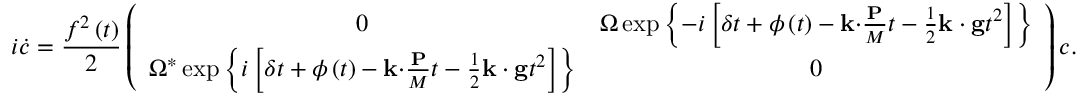
i \dot { c } = \frac { f ^ { 2 } \left( t \right) } { 2 } \left( \begin{array} { c c } { 0 } & { \Omega \exp \left\{ - i \left[ \delta t + \phi \left( t \right) - \mathbf { k \cdot } \frac { \mathbf { P } } { M } t - \frac { 1 } { 2 } \mathbf { k \cdot g } t ^ { 2 } \right] \right\} } \\ { \Omega ^ { \ast } \exp \left\{ i \left[ \delta t + \phi \left( t \right) - \mathbf { k \cdot } \frac { \mathbf { P } } { M } t - \frac { 1 } { 2 } \mathbf { k \cdot g } t ^ { 2 } \right] \right\} } & { 0 } \end{array} \right) c .